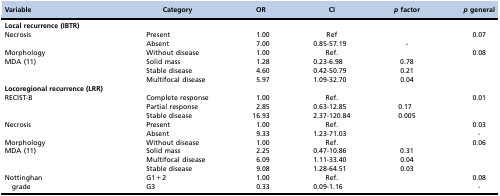
<table><thead><tr><td><b>Variable</b></td><td><b>Category</b></td><td><b>OR</b></td><td><b>CI</b></td><td><b><i>p</i> factor</b></td><td><b><i>p</i> general</b></td></tr></thead><tbody><tr><td colspan="2"><b>Local recurrence (IBTR)</b></td><td></td><td></td><td></td><td></td></tr><tr><td rowspan="2">Necrosis</td><td>Present</td><td>1.00</td><td>Ref</td><td></td><td>0.07</td></tr><tr><td>Absent</td><td>7.00</td><td>0.85-57.19</td><td>-</td><td></td></tr><tr><td>Morphology</td><td>Without disease</td><td>1.00</td><td>Ref.</td><td></td><td>0.08</td></tr><tr><td>MDA 11</td><td>Solid mass</td><td>1.28</td><td>0.23-6.98</td><td>0.78</td><td></td></tr><tr><td></td><td>Stable disease</td><td>4.60</td><td>0.42-50.79</td><td>0.21</td><td></td></tr><tr><td></td><td>Multifocal disease</td><td>5.97</td><td>1.09-32.70</td><td>0.04</td><td></td></tr><tr><td colspan="2"><b>Locoregional recurrence (LRR)</b></td><td></td><td></td><td></td><td></td></tr><tr><td>RECIST-B</td><td>Complete response</td><td>1.00</td><td>Ref.</td><td></td><td>0.01</td></tr><tr><td></td><td>Partial response</td><td>2.85</td><td>0.63-12.85</td><td>0.17</td><td></td></tr><tr><td></td><td>Stable disease</td><td>16.93</td><td>2.37-120.84</td><td>0.005</td><td></td></tr><tr><td>Necrosis</td><td>Present</td><td>1.00</td><td>Ref.</td><td></td><td>0.03</td></tr><tr><td></td><td>Absent</td><td>9.33</td><td>1.23-71.03</td><td></td><td>-</td></tr><tr><td>Morphology</td><td>Without disease</td><td>1.00</td><td>Ref.</td><td></td><td>0.06</td></tr><tr><td>MDA 11</td><td>Solid mass</td><td>2.25</td><td>0.47-10.86</td><td>0.31</td><td></td></tr><tr><td></td><td>Multifocal disease</td><td>6.09</td><td>1.11-33.40</td><td>0.04</td><td></td></tr><tr><td></td><td>Stable disease</td><td>9.08</td><td>1.28-64.51</td><td>0.03</td><td></td></tr><tr><td rowspan="2">Nottinghan grade</td><td>G1+2</td><td>1.00</td><td>Ref.</td><td></td><td>0.08</td></tr><tr><td>G3</td><td>0.33</td><td>0.09-1.16</td><td></td><td>-</td></tr></tbody></table>